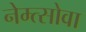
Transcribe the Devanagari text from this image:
नेम्त्सोवा